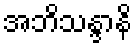
အဘိသန္ဒာနိ